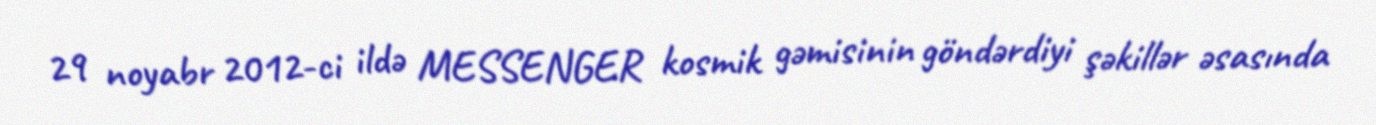
29 noyabr 2012-ci ildə MESSENGER kosmik gəmisinin göndərdiyi şəkillər əsasında